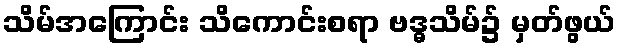
သိမ်အကြောင်း သိကောင်းစရာ ဗဒ္ဓသိမ်၌ မှတ်ဖွယ်